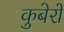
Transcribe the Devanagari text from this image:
कुबेरों